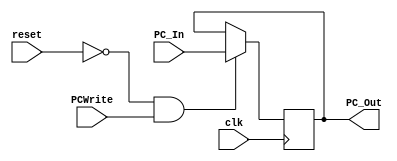
module Program_Counter
(
	input clk, reset,
	input [63:0] PC_In,
	input PCWrite,
	output reg [63:0] PC_Out
);

initial
	PC_Out = 0;
	
	
always @ (posedge clk)
begin
	if ((reset == 0) && (PCWrite == 1))
		PC_Out = PC_In;

end
endmodule